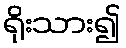
ရိုးသား၍